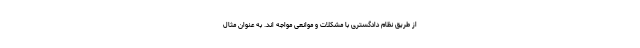
از طریق نظام دادگستری با مشکلات و موانعی مواجه اند. به عنوان مثال